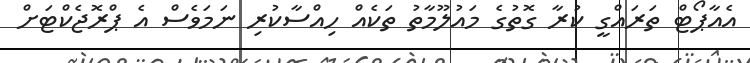
އެއާޕޯޓް ތަރައްގީ ކުރާ ގޮތުގެ މައުލޫމާތު ތަކެއް ހިއްސާކުރި ނަމަވެސް އެ ޕްރޮޖެކްޓަށް